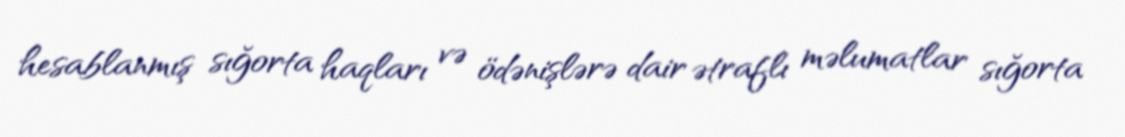
hesablanmış sığorta haqları və ödənişlərə dair ətraflı məlumatlar sığorta